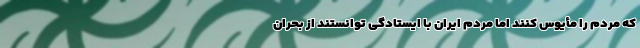
که مردم را مأیوس کنند اما مردم ایران با ایستادگی توانستند از بحران